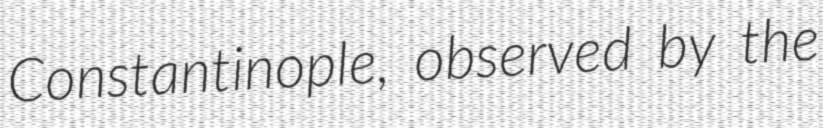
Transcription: Constantinople, observed by the